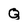
Character: Q